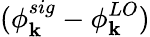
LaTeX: (\phi_{\mathbf{k}}^{sig}-\phi_{\mathbf{k}}^{LO})